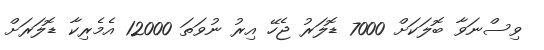
ވިސްނަވާ ބޮލަކަށް 7000 ޑޮލަރު ޖެހޭ އިރު ނުވަތަ 12000 އެމެރިކާ ޑޮލަރަށް